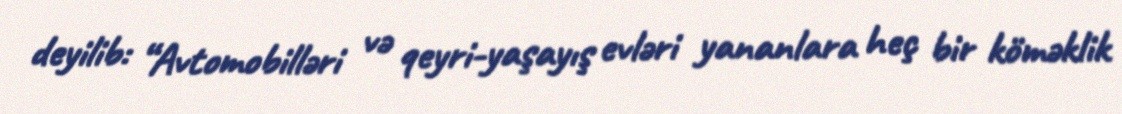
deyilib: “Avtomobilləri və qeyri-yaşayış evləri yananlara heç bir köməklik